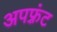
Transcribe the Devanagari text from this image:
अपफ़्रंट